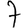
Digit: 7